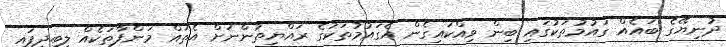
ދުނިޔޭގެ ބައެއް ގައުމުތަކުގައި ބިން ވިއްކައިގެން އެގައުމުތަކުގެ ރައްޔިތުންނަށް އެތައް މަންފާތަކެއް ލިބިދީފައި